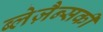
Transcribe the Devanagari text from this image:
ब्लेज़ैन्सकी